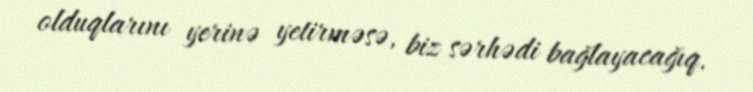
olduqlarını yerinə yetirməsə, biz sərhədi bağlayacağıq.